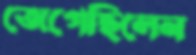
জেগেছিলেন